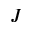
J